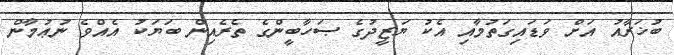
ބުޚަރާއު އަށް ވަޑައިގަތުމާއި އެކު ޔަޒީދުގެ ޞަހާބީންގެ ތެރެއިން ބަޔަކު އެއްވެ ނުޢުމާން